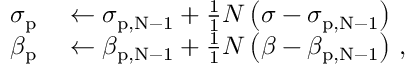
\begin{array} { r l } { \sigma _ { \mathrm { p } } } & { { } \leftarrow \sigma _ { \mathrm { { p , N - 1 } } } + \frac { 1 } { 1 } { N } \left( \sigma - \sigma _ { \mathrm { { p , N - 1 } } } \right) } \\ { \beta _ { \mathrm { p } } } & { { } \leftarrow \beta _ { \mathrm { { p , N - 1 } } } + \frac { 1 } { 1 } { N } \left( \beta - \beta _ { \mathrm { { p , N - 1 } } } \right) \, , } \end{array}